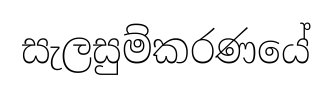
සැලසුම්කරණයේ